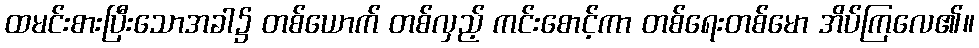
ထမင်းစားပြီးသောအခါ၌ တစ်ယောက် တစ်လှည့် ကင်းစောင့်ကာ တစ်ရေးတစ်မော အိပ်ကြလေ၏။